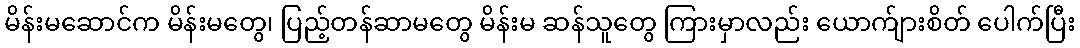
မိန်းမဆောင်က မိန်းမတွေ၊ ပြည့်တန်ဆာမတွေ မိန်းမ ဆန်သူတွေ ကြားမှာလည်း ယောက်ျားစိတ် ပေါက်ပြီး